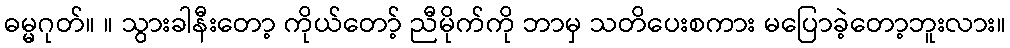
ဓမ္မဂုတ်။ ။ သွားခါနီးတော့ ကိုယ်တော့် ညီမိုက်ကို ဘာမှ သတိပေးစကား မပြောခဲ့တော့ဘူးလား။